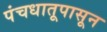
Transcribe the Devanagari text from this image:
पंचधातूपासून